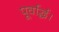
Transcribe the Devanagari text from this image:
पूर्वार्द्ध।